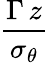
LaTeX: \frac{\Gamma\, z}{\sigma_{\theta}}